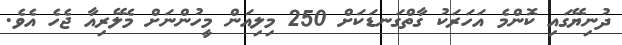
ދުނިޔޭގައި ކޮންމެ އަހަރަކު ގާތްގަނޑަކަށް 250 މިލިއަން މީހުންނަށް މެލޭރިއާ ޖެހެ އެވެ.